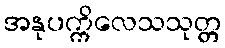
အနုပက္ကိလေသသုတ္တ